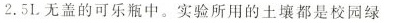
2.5L无盖的可乐瓶中。实验所用的土壤都是校园绿